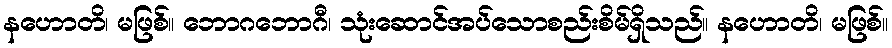
နဟောတိ၊ မဖြစ်။ ဘောဂဘောဂီ၊ သုံးဆောင်အပ်သောစည်းစိမ်ရှိသည်။ နဟောတိ၊ မဖြစ်။